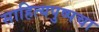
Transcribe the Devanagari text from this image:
साहित्यपुष्पचा